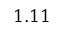
1 . 1 1